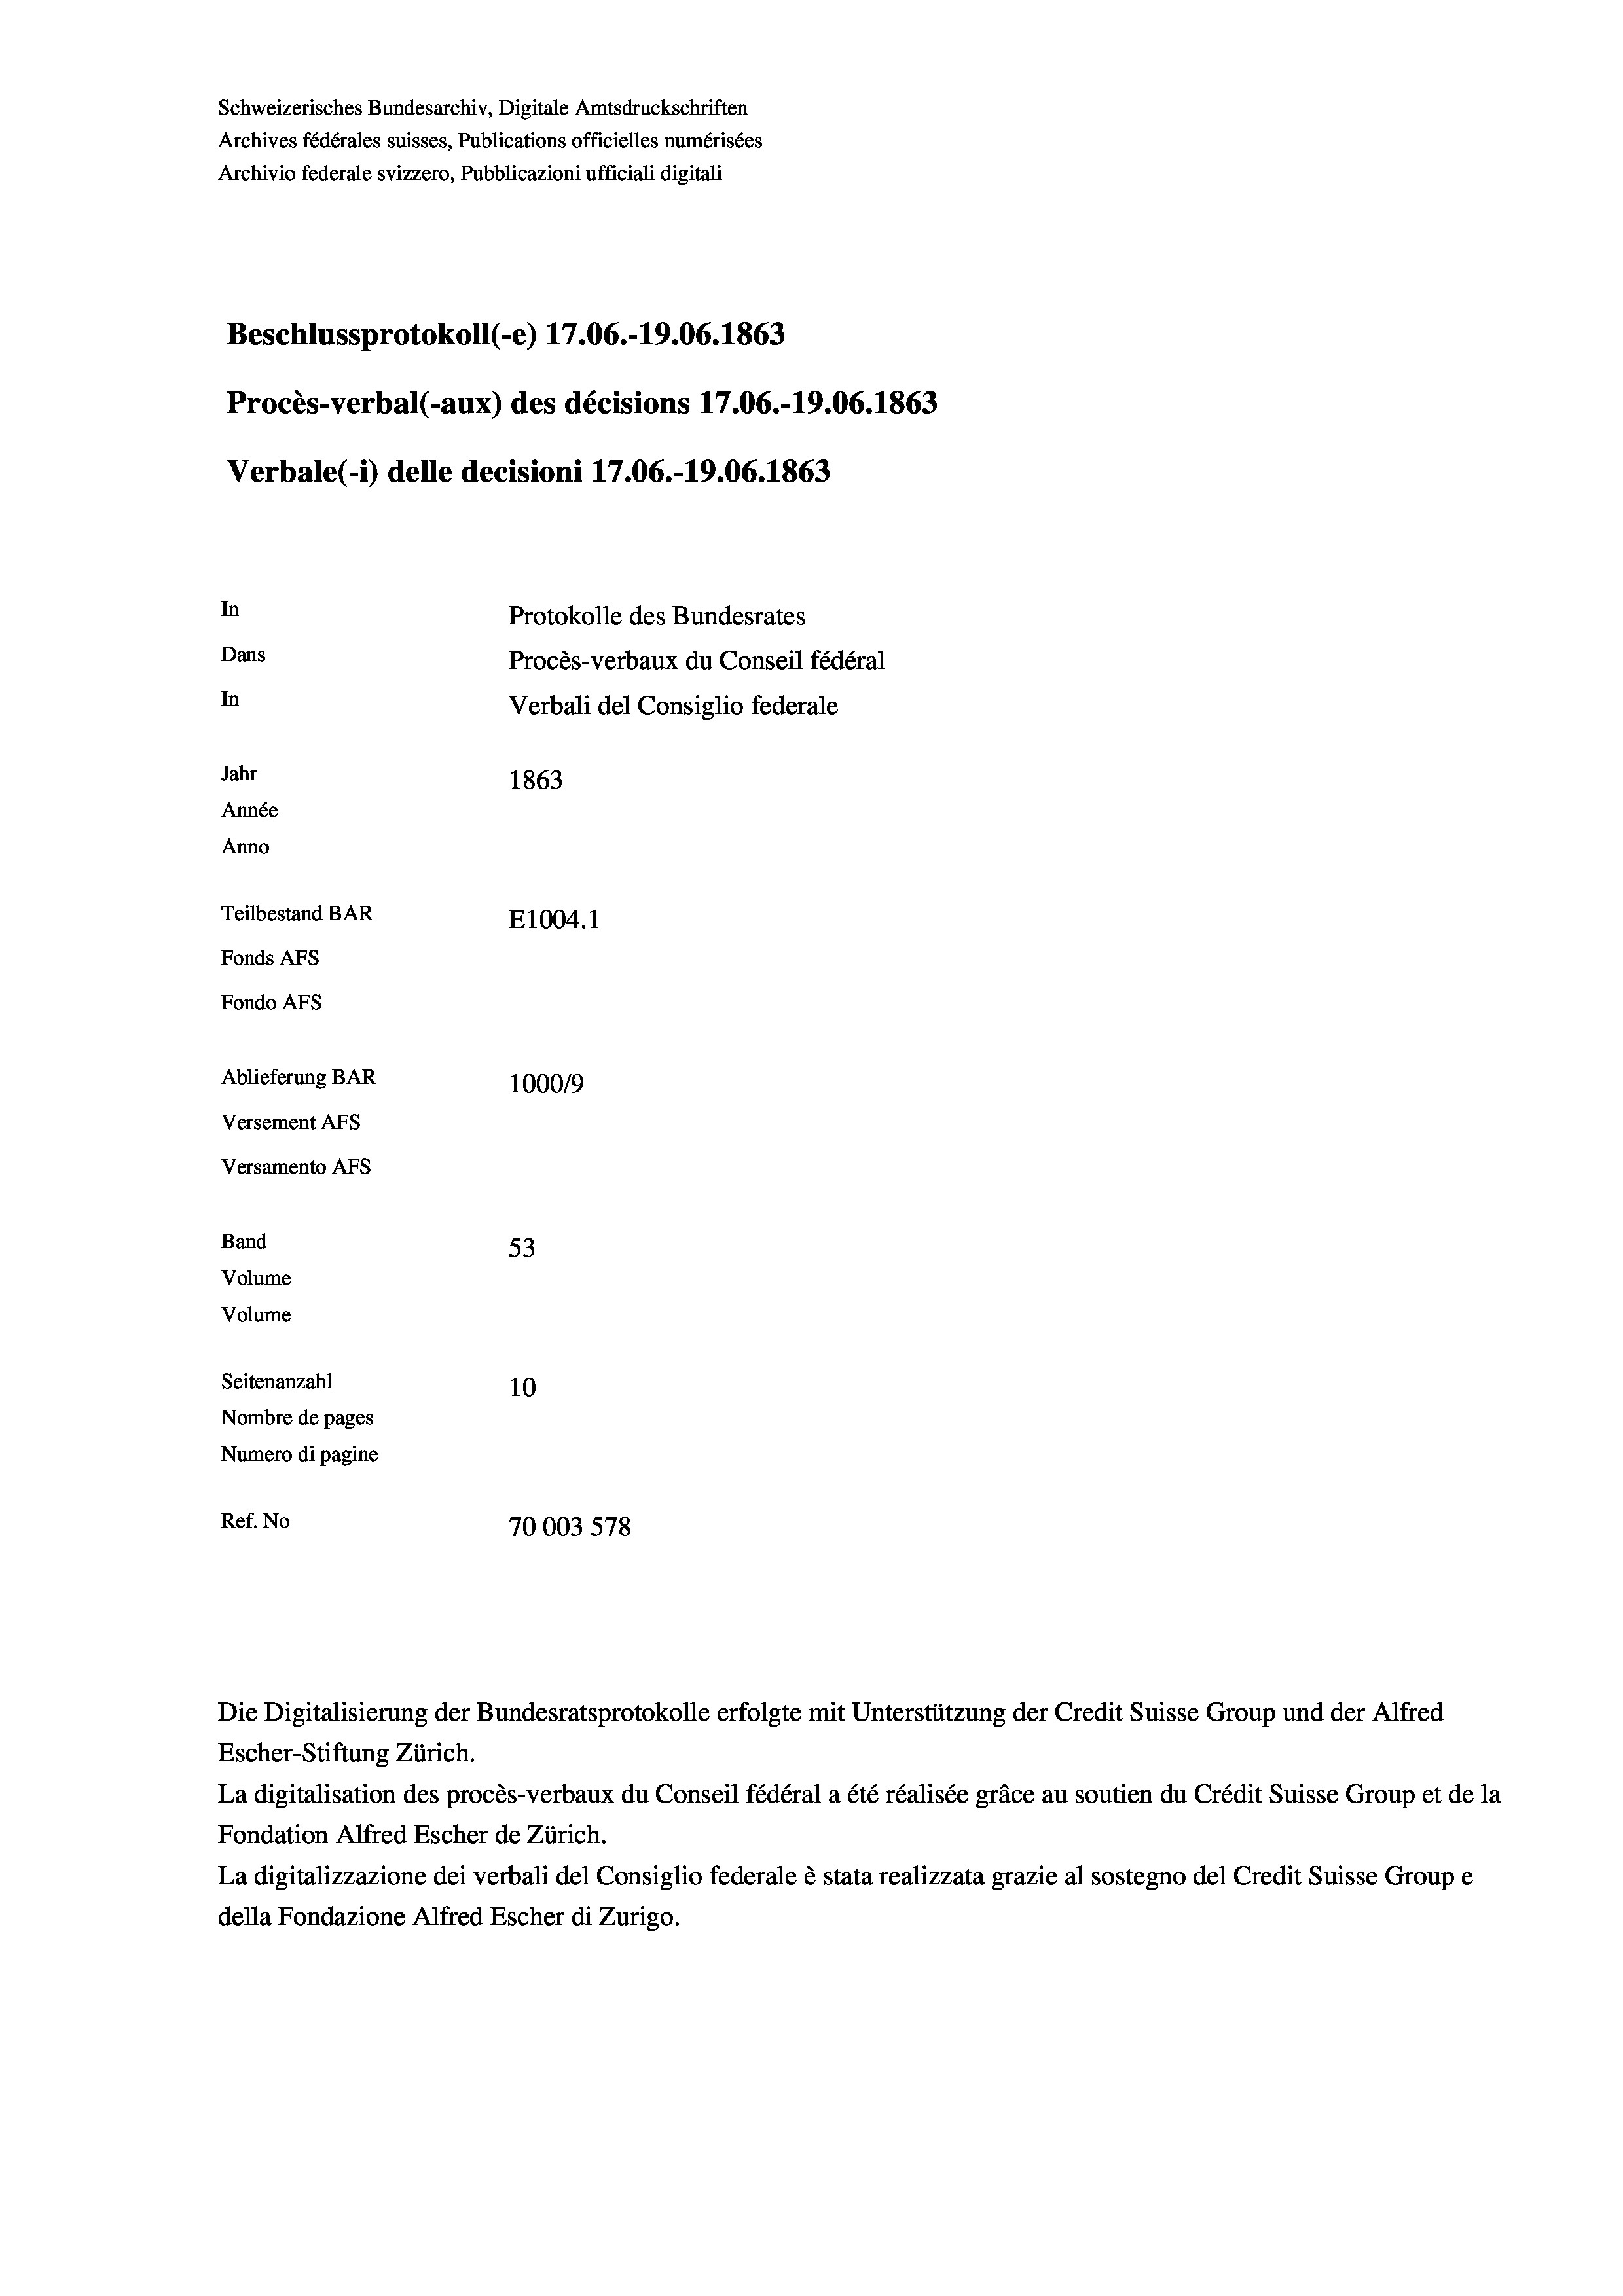
Schweizerisches Bundesarchiv, Digitale Amtsdruckschriften
Archives fédérales suisses, Publications officielles numérisées
Archivio federale svizzero, Pubblicazioni ufficiali digitali
Beschlussprotokoll (-e) 17.06.-19.06. 1863
Procès-verbal (-aux) des décisions 17.06.-19.06. 1863
Verbale(-*) delle decisioni 17.06.-19.06. 1863
In
Protokolle des Bundesrates
Dans
Procès-verbaux du Conseil fédéral
In
Verbali del Consiglio federale
Jahr
1863
Année
Anno
Teilbestand BAR
E1004.1
Fonds AFs
Fondo AFS
Ablieferung BAR
100019
Versement AFs
Versamento AFs
Band
53
Volume
Volume
Seitenanzahl
10
Nombre de pages
Numero di pagine
Ref. No
70003578

Escher-Stiftung Zürich.
La digitalisation des procès-verbaux du Conseil fédéral a été réalisée gräce au soutien du Crédit Suisse Group et de la
Fondation Alfred Escher de Zürich.
La digitalizzazione dei verbali del Consiglio federale è stata realizzata grazie al sostegno del Credit Suisse Groupe
della Fondazione Alfred Escher di Zurigo.

Die Digitalisierung der Bundesratsprotokolle erfolgte mit Unterstützung der Credit Suisse Group und der Alfred